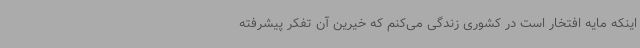
اینکه مایه افتخار است در کشوری زندگی می‌کنم که خیرین آن تفکر پیشرفته